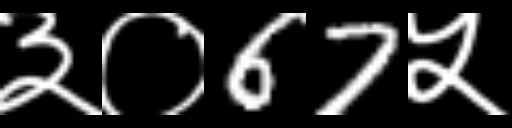
Text: ३०67५